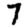
Digit: 7